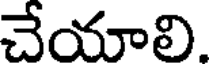
చేయాలి.